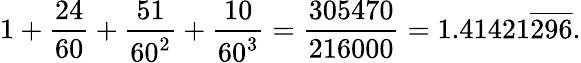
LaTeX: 1+{\frac{24}{60}}+{\frac{51}{60^{2}}}+{\frac{10}{60^{3}}}={\frac{305470}{216000}}=1.41421{\overline{{296}}}.